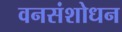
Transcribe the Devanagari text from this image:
वनसंशोधन